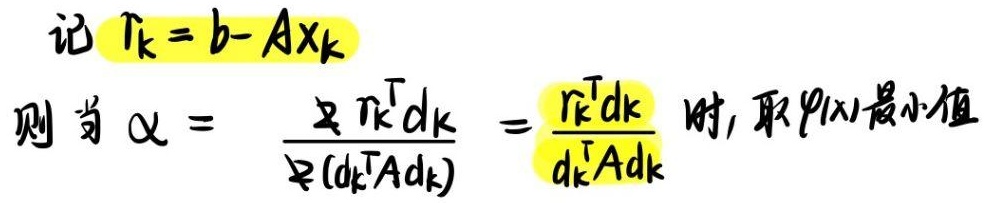
记 $r_k = b - Ax_k$

则当 $\alpha = \frac{r_k^T d_k}{(d_k^T A d_k)} = \frac{r_k^T d_k}{d_k^T A d_k}$ 时，取 $\varphi(x)$ 最小值